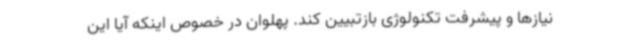
نیازها و پیشرفت تکنولوژی بازتبیین کند. پهلوان در خصوص اینکه آیا این